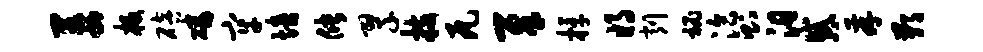
萋板碚磷牢培储翠技瓦犀桴将削秘洽则汨惑存鄙